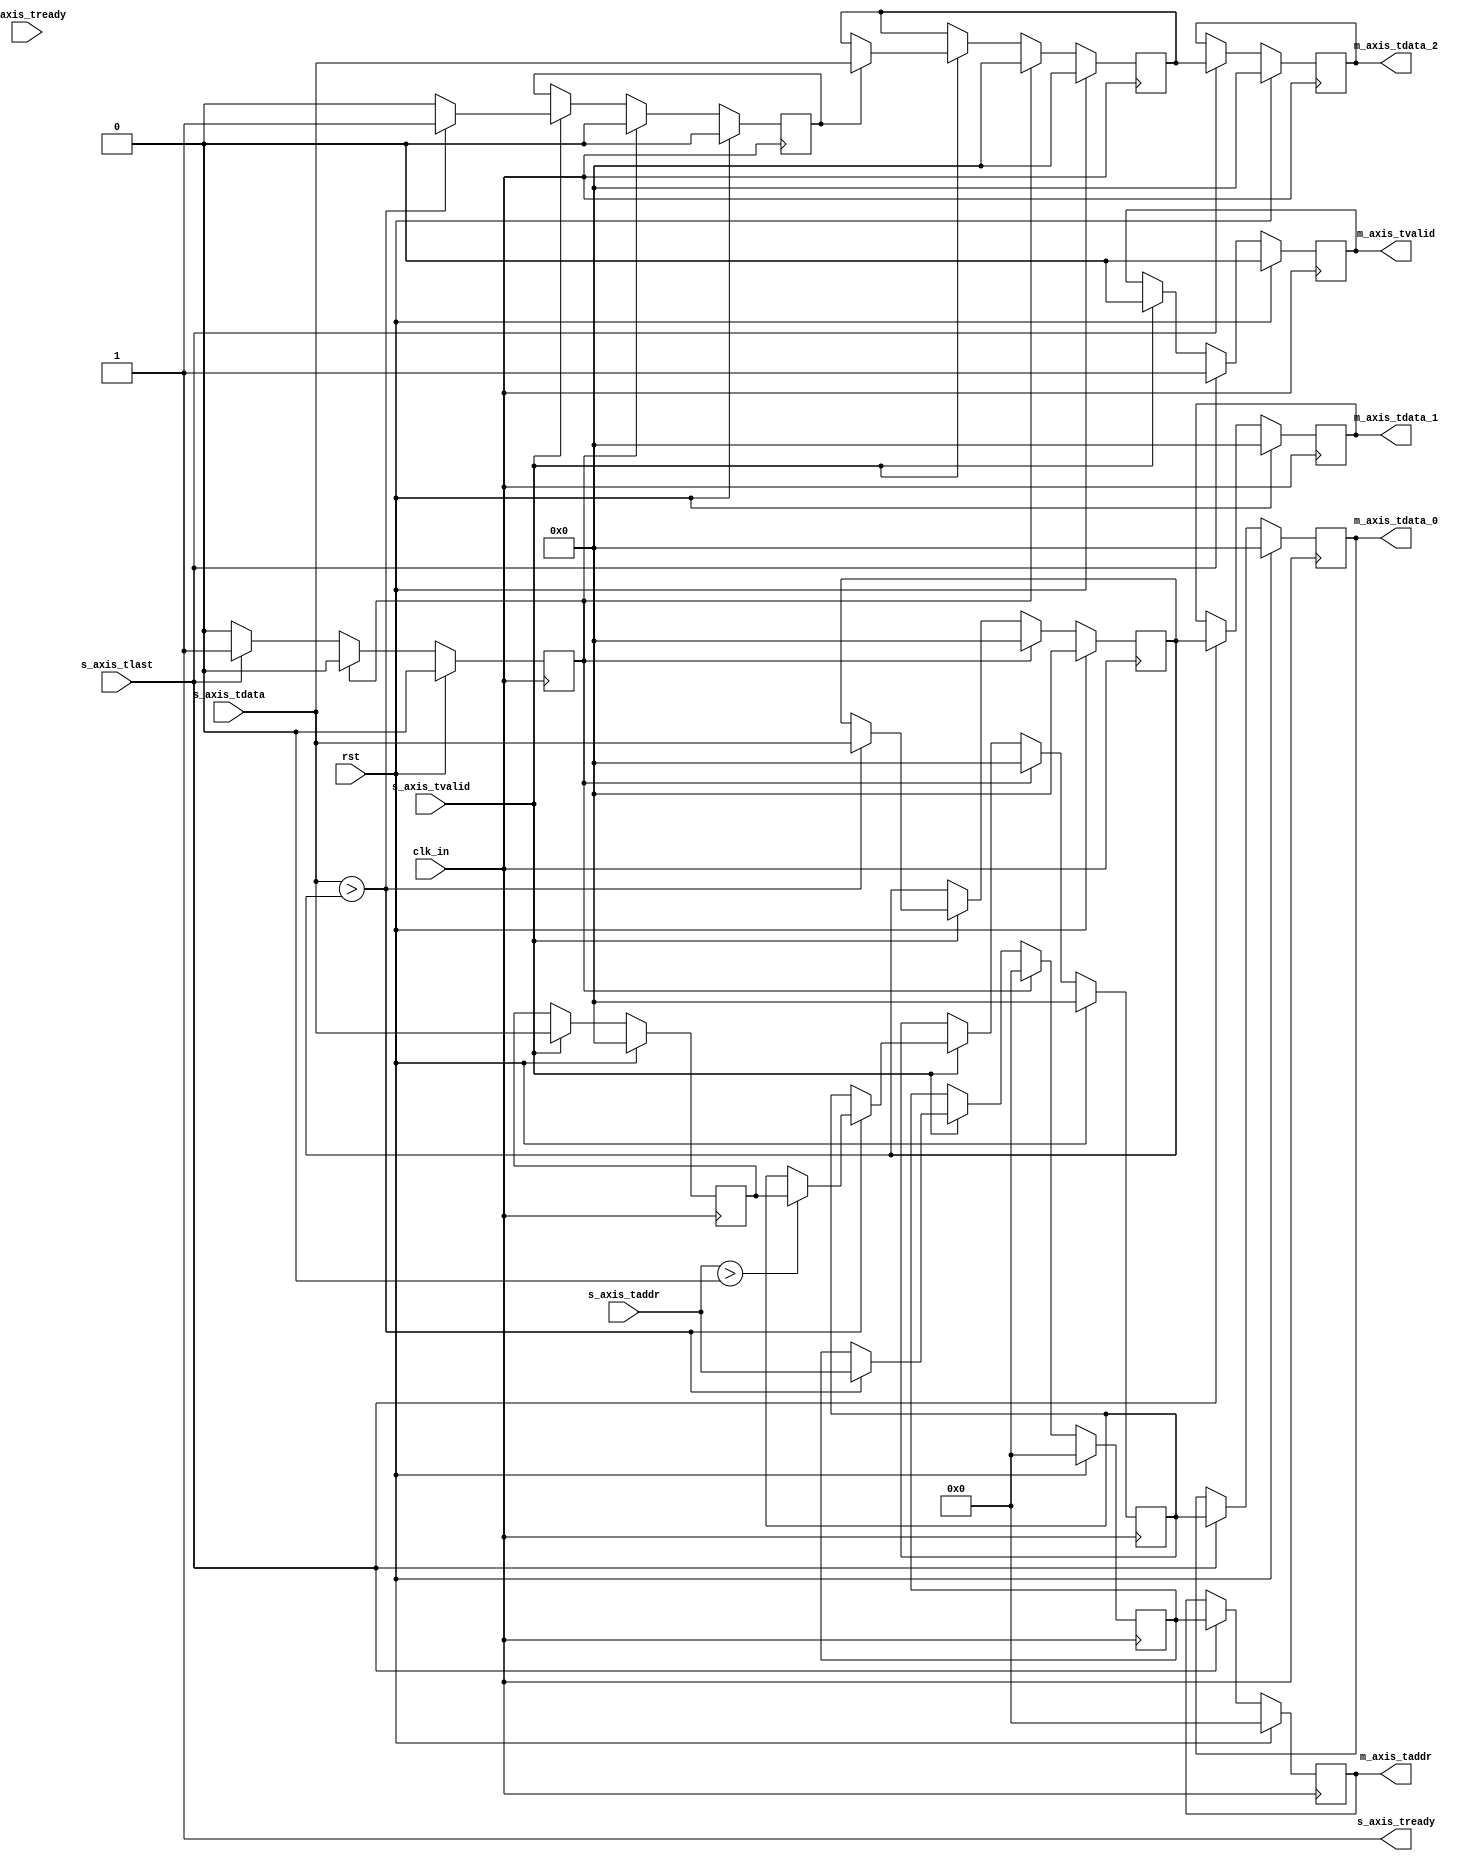
module find_max_b # (parameter DATA_WIDTH = 8, ADDR_WIDTH = 6)(
    input wire clk_in,
    input wire rst,

    input wire s_axis_tvalid,
    input wire s_axis_tlast,
    input wire[DATA_WIDTH-1:0] s_axis_tdata,
    input wire[ADDR_WIDTH-1:0] s_axis_taddr,
    output wire s_axis_tready,      

    input wire m_axis_tready,       // actually we don't care about this line
    output reg m_axis_tvalid,
    output reg[DATA_WIDTH-1:0] m_axis_tdata_0,
    output reg[DATA_WIDTH-1:0] m_axis_tdata_1,
    output reg[DATA_WIDTH-1:0] m_axis_tdata_2,
    output reg[ADDR_WIDTH-1:0] m_axis_taddr
);

assign s_axis_tready = 1;   // This Module is Always Ready To Receive Input

reg[DATA_WIDTH-1:0] s_axis_tdata_r;
reg[DATA_WIDTH-1:0] temp_max_data;
reg[DATA_WIDTH-1:0] temp_max_data_0;
reg[DATA_WIDTH-1:0] temp_max_data_r;
reg[ADDR_WIDTH-1:0] temp_max_addr;
reg clear_all;
reg save_next_data;

always @(posedge clk_in) begin

    if (rst) begin
        temp_max_addr <= 0;
        temp_max_data <= 0;
        temp_max_data_r <= 0;
        temp_max_data_0 <= 0;
        save_next_data <= 0;
        s_axis_tdata_r <= 0;
        m_axis_tdata_0 <= 0;
        m_axis_tdata_1 <= 0;
        m_axis_tdata_2 <= 0;
        m_axis_taddr <= 0;
        m_axis_tvalid <= 0;
        clear_all <= 0;
    end
    else begin
        // DATA VALID  -- COMPARE NUMBERS
        if (s_axis_tvalid) begin
            m_axis_tvalid <= 0;             // When Next Compare Starting, Last Tdata Is not Valid
            s_axis_tdata_r <= s_axis_tdata;  // REG s_axis_data For One Cycle
            // If ' = ', Leave Out It
            if (s_axis_tdata > temp_max_data) begin
                temp_max_data <= s_axis_tdata;
                if (s_axis_taddr > 0) begin    // If The 1st Data Is The MAX Leave m_axis_tdata0 as 0
                    temp_max_data_0 <= s_axis_tdata_r;
                end
                temp_max_addr <= s_axis_taddr;
                save_next_data <= 1;
            end

            else begin
                temp_max_data <= temp_max_data;
                m_axis_tdata_0 <= m_axis_tdata_0;
                temp_max_addr <= temp_max_addr;
                save_next_data <= 0;
            end

            // Save The Next Data 2 m_axis_data_2, If Possible Max Data Occurs
            if (save_next_data) begin
                // if (s_axis_taddr == last_addr) begin  // IF LAST DATA is MAX... Make It 0
                //     m_axis_tdata_2 <= 0;
                // end
                // else begin
                    temp_max_data_r <= s_axis_tdata;
                // end 
            end
            else begin
                m_axis_tdata_2 <= m_axis_tdata_2;
            end
            
        end

        // TLAST OCCURS --- FINISH COMPARING
        if (s_axis_tlast) begin
            // Mark OUTPUT VALID
             m_axis_taddr <= temp_max_addr;
             m_axis_tdata_0 <= temp_max_data_0;
             m_axis_tdata_1 <= temp_max_data;
             m_axis_tdata_2 <= temp_max_data_r;
             m_axis_tvalid <= 1;
             clear_all <= 1;
        end
      
        // CLEAR DATA, WAITING FOR NEXT COMPARE
        if (clear_all) begin
            temp_max_data <= 0;
            temp_max_data_0 <= 0;
            temp_max_data_r <= 0;
            temp_max_addr <= 0;
            save_next_data <= 0;
            clear_all <= 0;
        end
   
    end
    
end






endmodule